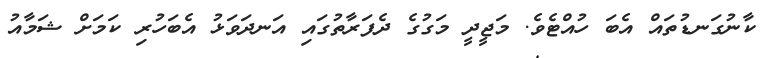
ކާނުގަނޑުތައް އެބަ ހުއްޓެވެ. މަޖީދީ މަގުގެ ދެފަރާތުގައި އަނދަވަޅު އެބަހުރި ކަމަށް ޝަމާއު